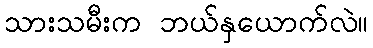
သားသမီးက ဘယ်နှယောက်လဲ။